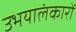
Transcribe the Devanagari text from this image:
उभयालंकारों